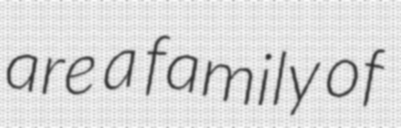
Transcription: are a family of